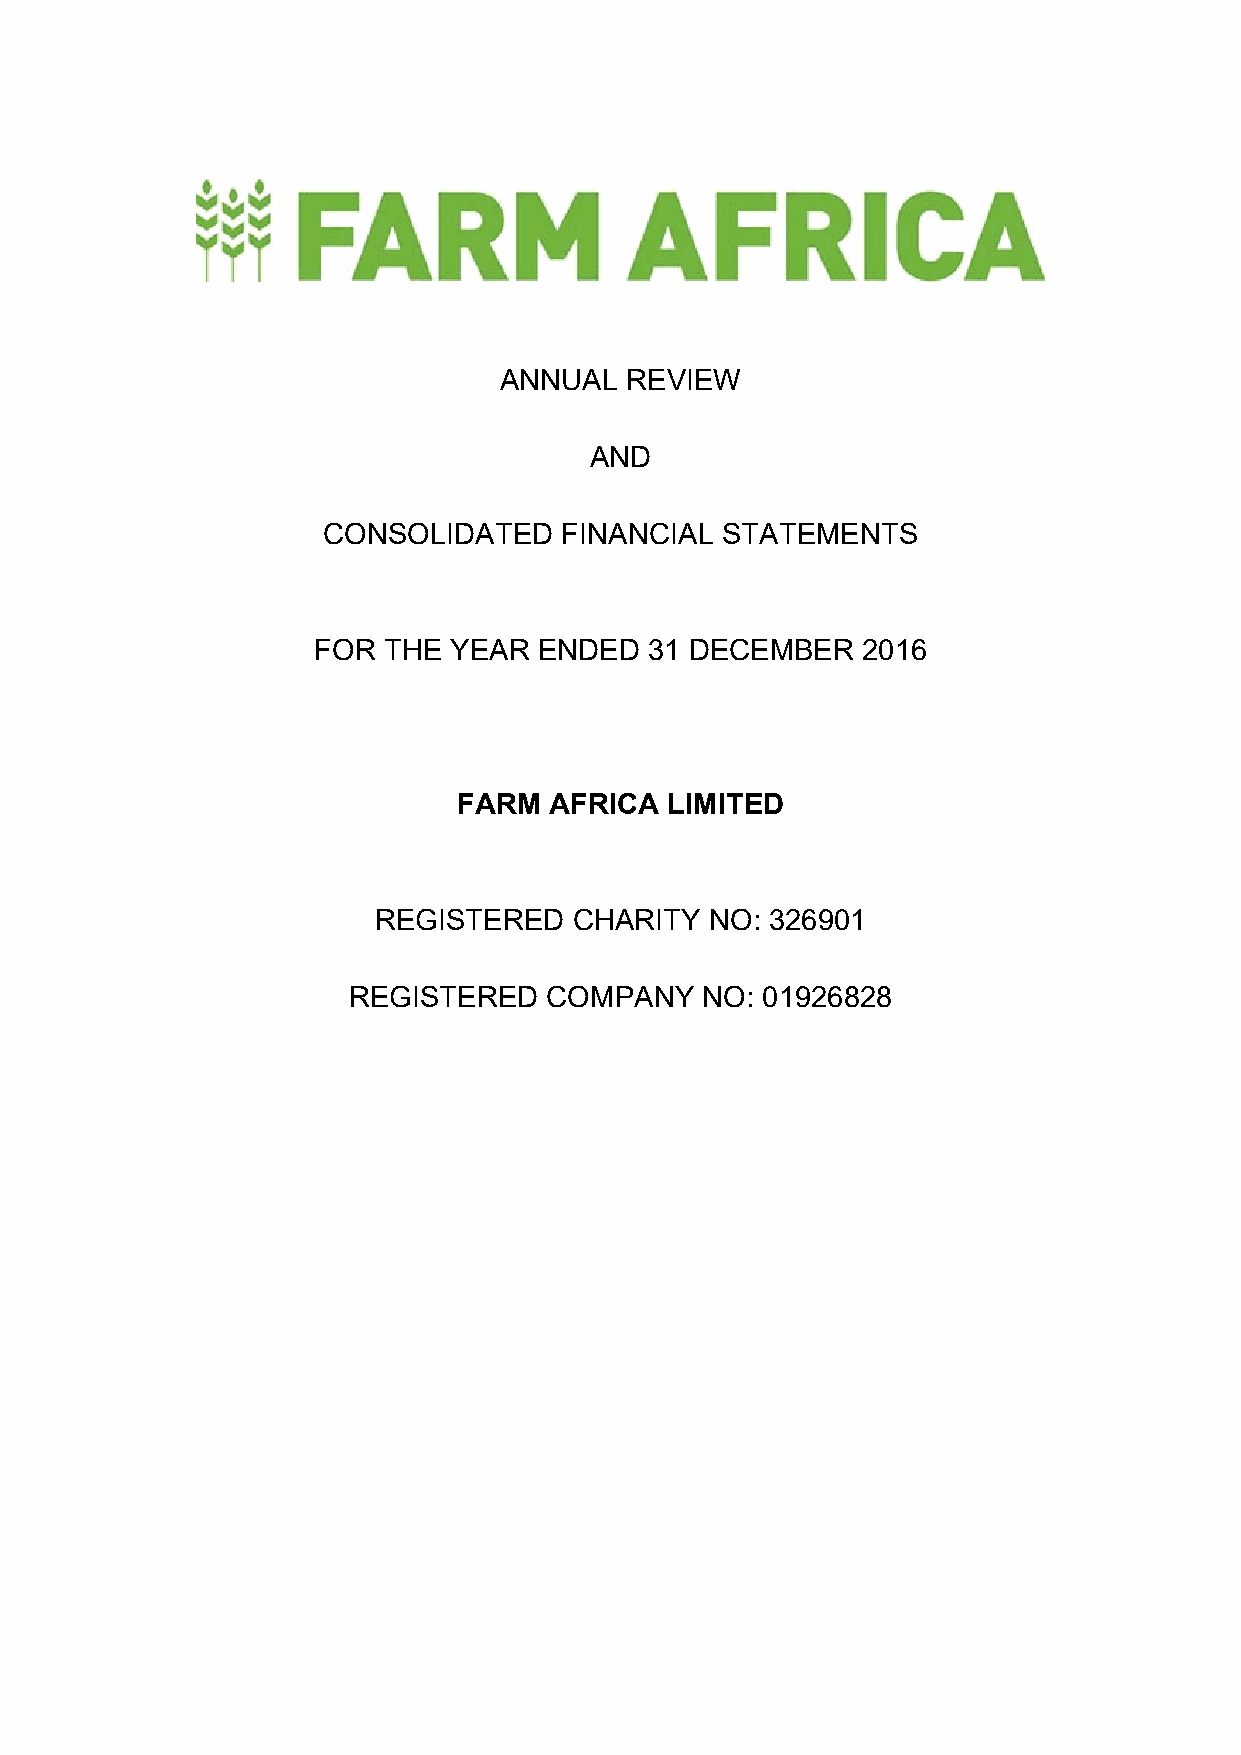
ANNUAL  REVIEW
 AND
 CONSOLIDATED    FINANCIAL  STATEMENTS
 FOR THE  YEAR  ENDED  31 DECEMBER   2016
 FARM  AFRICA  LIMITED
 REGISTERED   CHARITY  NO: 326901
 REGISTERED   COMPANY   NO: 01926828